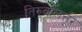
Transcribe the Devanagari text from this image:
तिरुवालत्तूर